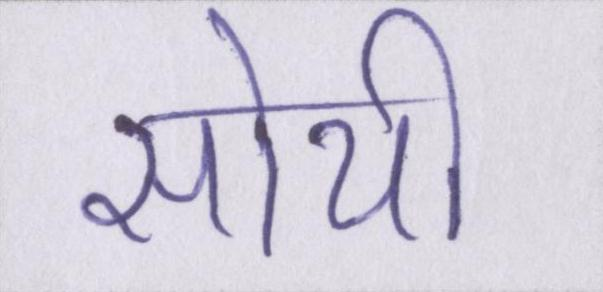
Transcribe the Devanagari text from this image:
सोयी